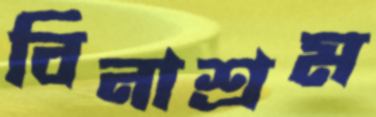
বিনাশ্রম